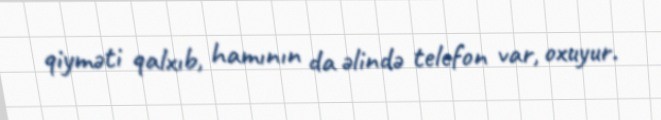
qiyməti qalxıb, hamının da əlində telefon var, oxuyur.